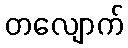
တလျောက်